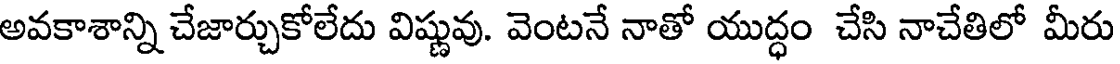
అవకాశాన్ని చేజార్చుకోలేదు విష్ణువు. వెంటనే నాతో యుద్ధం చేసి నాచేతిలో మీరు